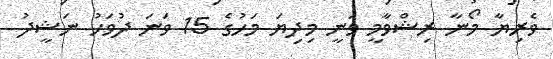
ވެރިޔާ މޯނާ ރިޝްވާމީ ވަނީ މިދިޔަ މަހުގެ 15 ވަނަ ދުވަހު ނަޝީދު